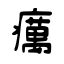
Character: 癘